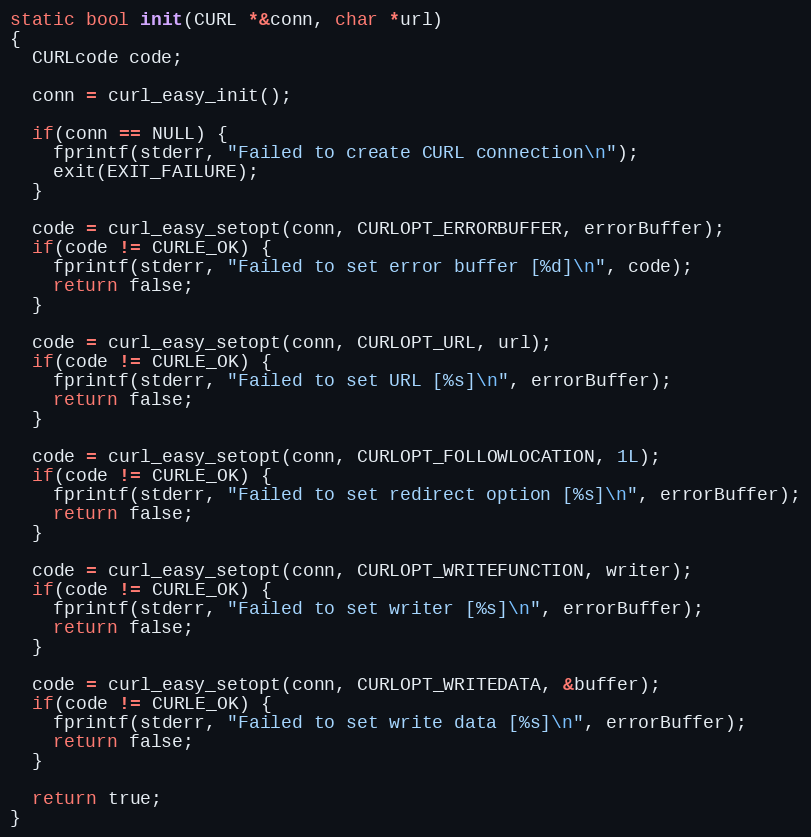
Language: C++
static bool init(CURL *&conn, char *url)
{
  CURLcode code;

  conn = curl_easy_init();

  if(conn == NULL) {
    fprintf(stderr, "Failed to create CURL connection\n");
    exit(EXIT_FAILURE);
  }

  code = curl_easy_setopt(conn, CURLOPT_ERRORBUFFER, errorBuffer);
  if(code != CURLE_OK) {
    fprintf(stderr, "Failed to set error buffer [%d]\n", code);
    return false;
  }

  code = curl_easy_setopt(conn, CURLOPT_URL, url);
  if(code != CURLE_OK) {
    fprintf(stderr, "Failed to set URL [%s]\n", errorBuffer);
    return false;
  }

  code = curl_easy_setopt(conn, CURLOPT_FOLLOWLOCATION, 1L);
  if(code != CURLE_OK) {
    fprintf(stderr, "Failed to set redirect option [%s]\n", errorBuffer);
    return false;
  }

  code = curl_easy_setopt(conn, CURLOPT_WRITEFUNCTION, writer);
  if(code != CURLE_OK) {
    fprintf(stderr, "Failed to set writer [%s]\n", errorBuffer);
    return false;
  }

  code = curl_easy_setopt(conn, CURLOPT_WRITEDATA, &buffer);
  if(code != CURLE_OK) {
    fprintf(stderr, "Failed to set write data [%s]\n", errorBuffer);
    return false;
  }

  return true;
}